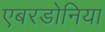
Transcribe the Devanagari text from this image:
एबरडोनिया